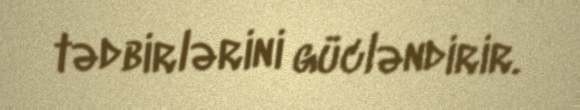
tədbirlərini gücləndirir.